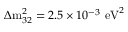
\Delta \mathrm { m } _ { 3 2 } ^ { 2 } = 2 . 5 \times 1 0 ^ { - 3 } ~ \mathrm { e V } ^ { 2 }